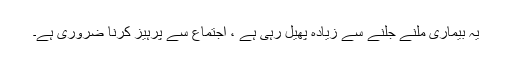
یہ بیماری ملنے جلنے سے زیادہ پھیل رہی ہے ، اجتماع سے پرہیز کرنا ضروری ہے۔